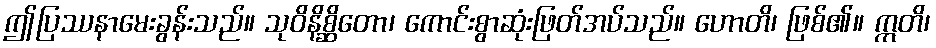
ဤပြဿနာမေးခွန်းသည်။ သုဝိနိစ္ဆိတော၊ ကောင်းစွာဆုံးဖြတ်အပ်သည်။ ဟောတိ၊ ဖြစ်၏။ ဣတိ၊